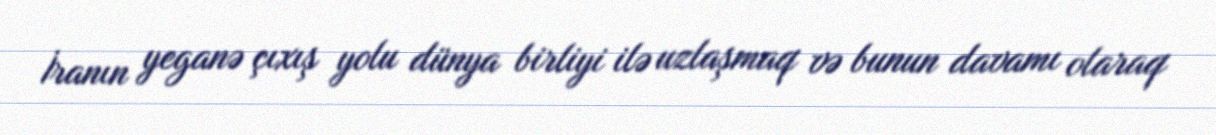
İranın yeganə çıxış yolu dünya birliyi ilə uzlaşmaq və bunun davamı olaraq